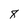
Character: 8